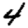
Digit: 4